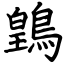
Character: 䳨